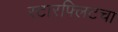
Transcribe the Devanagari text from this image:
स्टारफ्लिटचा